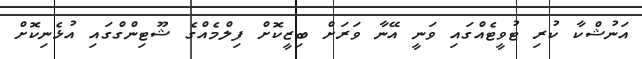
އަނުޝްކާ ކުރި ޓުވީޓެއްގައި ވަނީ އޭނާ ވަރަށް ބިޒީކޮށް ފިލްމެއްގެ ޝޫޓިންގްގައި އުޅެނިކޮށް